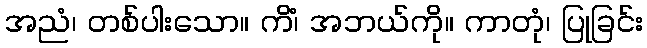
အညံ၊ တစ်ပါးသော။ ကိံ၊ အဘယ်ကို။ ကာတုံ၊ ပြုခြင်း